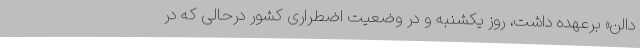
دالن» برعهده داشت، روز یکشنبه و در وضعیت اضطراری کشور درحالی که در